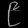
Digit: ၉